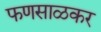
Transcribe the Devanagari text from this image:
फणसाळकर